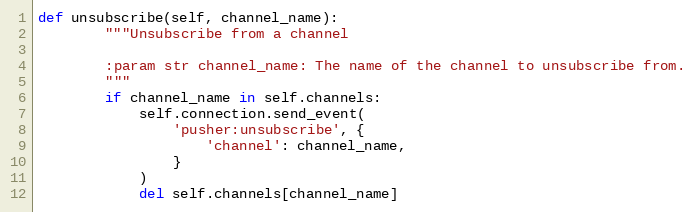
Language: Python
def unsubscribe(self, channel_name):
        """Unsubscribe from a channel

        :param str channel_name: The name of the channel to unsubscribe from.
        """
        if channel_name in self.channels:
            self.connection.send_event(
                'pusher:unsubscribe', {
                    'channel': channel_name,
                }
            )
            del self.channels[channel_name]